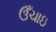
ઉઁચાઇ